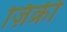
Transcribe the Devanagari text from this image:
ज़िक्री